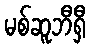
မစ်ဆူဘီရှီ